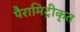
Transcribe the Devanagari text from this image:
पैरामिट्रीकृत